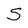
Character: S